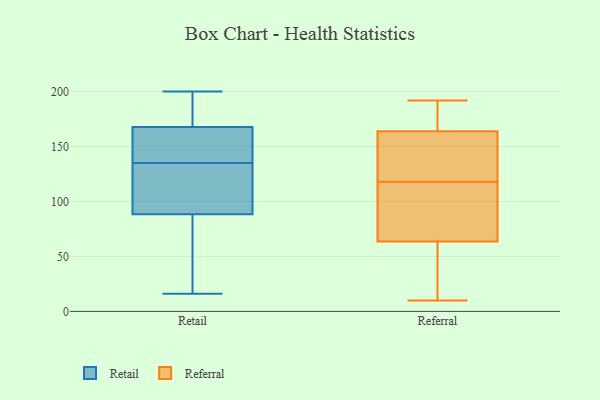
{"axis": {"x": "Budget (USD K)", "y": "Value"}, "legend": ["Referral", "Retail"], "data": [{"x": "", "y": 93, "type": "Retail"}, {"x": "", "y": 135, "type": "Retail"}, {"x": "", "y": 153, "type": "Retail"}, {"x": "", "y": 51, "type": "Retail"}, {"x": "", "y": 173, "type": "Retail"}, {"x": "", "y": 166, "type": "Retail"}, {"x": "", "y": 16, "type": "Retail"}, {"x": "", "y": 151, "type": "Retail"}, {"x": "", "y": 93, "type": "Retail"}, {"x": "", "y": 182, "type": "Retail"}, {"x": "", "y": 200, "type": "Retail"}, {"x": "", "y": 75, "type": "Retail"}, {"x": "", "y": 110, "type": "Retail"}, {"x": "", "y": 67, "type": "Referral"}, {"x": "", "y": 80, "type": "Referral"}, {"x": "", "y": 92, "type": "Referral"}, {"x": "", "y": 51, "type": "Referral"}, {"x": "", "y": 60, "type": "Referral"}, {"x": "", "y": 10, "type": "Referral"}, {"x": "", "y": 154, "type": "Referral"}, {"x": "", "y": 169, "type": "Referral"}, {"x": "", "y": 144, "type": "Referral"}, {"x": "", "y": 159, "type": "Referral"}, {"x": "", "y": 189, "type": "Referral"}, {"x": "", "y": 192, "type": "Referral"}]}